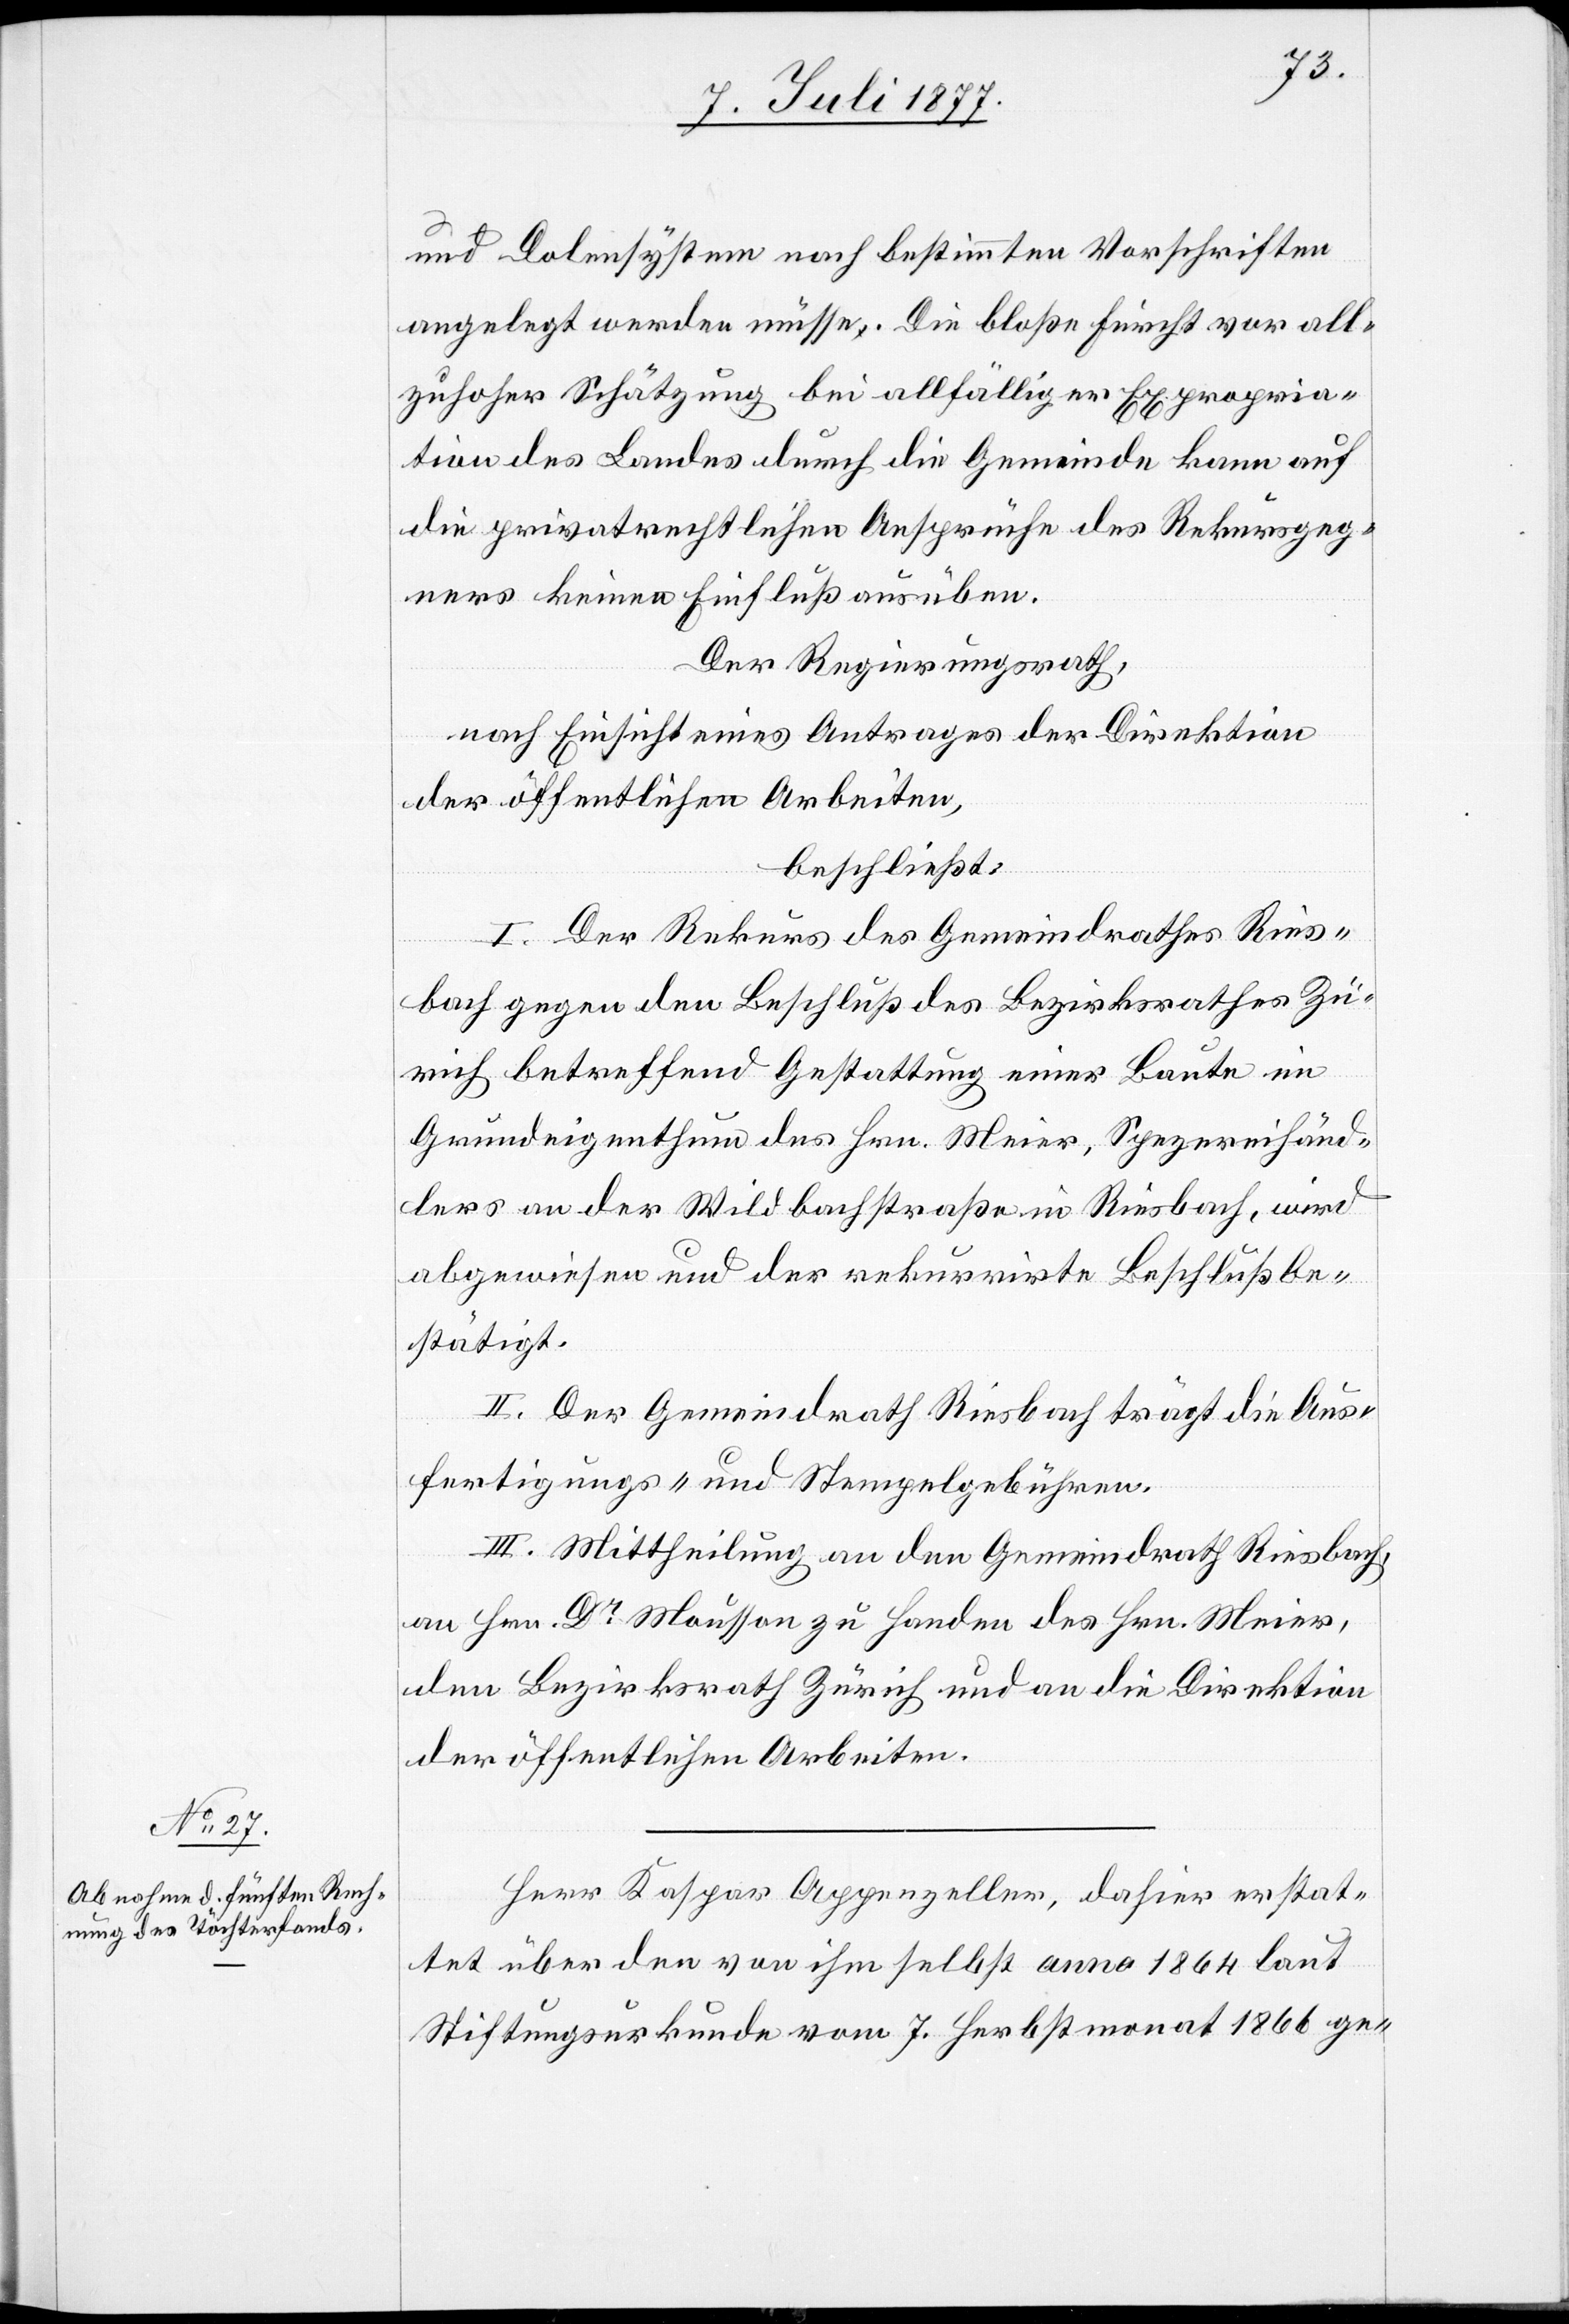
und Dolensystem nach bestimmten Vorschriften
angelegt werden müsse. Die bloße Furcht vor all¬
zuhoher Schätzung bei allfälliger Expropria¬
tion des Landes durch die Gemeinde kann auf
die privatrechtlichen Ansprüche des Rekursgeg¬
ners keinen Einfluß ausüben.
Der Regierungsrath,
nach Einsicht eines Antrages der Direktion
der öffentlichen Arbeiten,
beschließt:
I. Der Rekurs des Gemeindrathes Ries¬
bach gegen den Beschluß des Bezirksrathes Zü¬
rich betreffend Gestattung einer Baute im
Grundeigenthum des Hrn. Meier, Spezereihänd¬
lers an der Wildbachstraße in Riesbach, wird
abgewiesen und der rekurrirte Beschluß be¬
stätigt.
II. Der Gemeindrath Riesbach trägt die Aus¬
fertigungs- und Stempelgebühren.
III. Mittheilung an den Gemeindrath Riesbach,
an Hrn. Dr Mousson zu Handen des Hrn. Meier,
den Bezirksrath Zürich und an die Direktion
der öffentlichen Arbeiten.
Herr Kaspar Appenzeller, dahier erstat¬
tet über den von ihm selbst anno 1864 laut
Stiftungsurkunde vom 7. Herbstmonat 1866 ge-